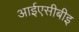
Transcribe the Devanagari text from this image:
आईएसीबीइ